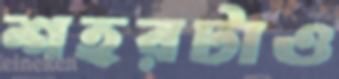
শহরটাও